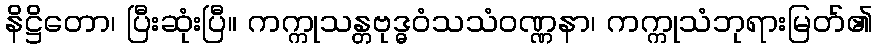
နိဋ္ဌိတော၊ ပြီးဆုံးပြီ။ ကက္ကုသန္တဗုဒ္ဓဝံသသံဝဏ္ဏနာ၊ ကက္ကုသံဘုရားမြတ်၏